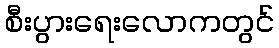
စီးပွားရေးလောကတွင်